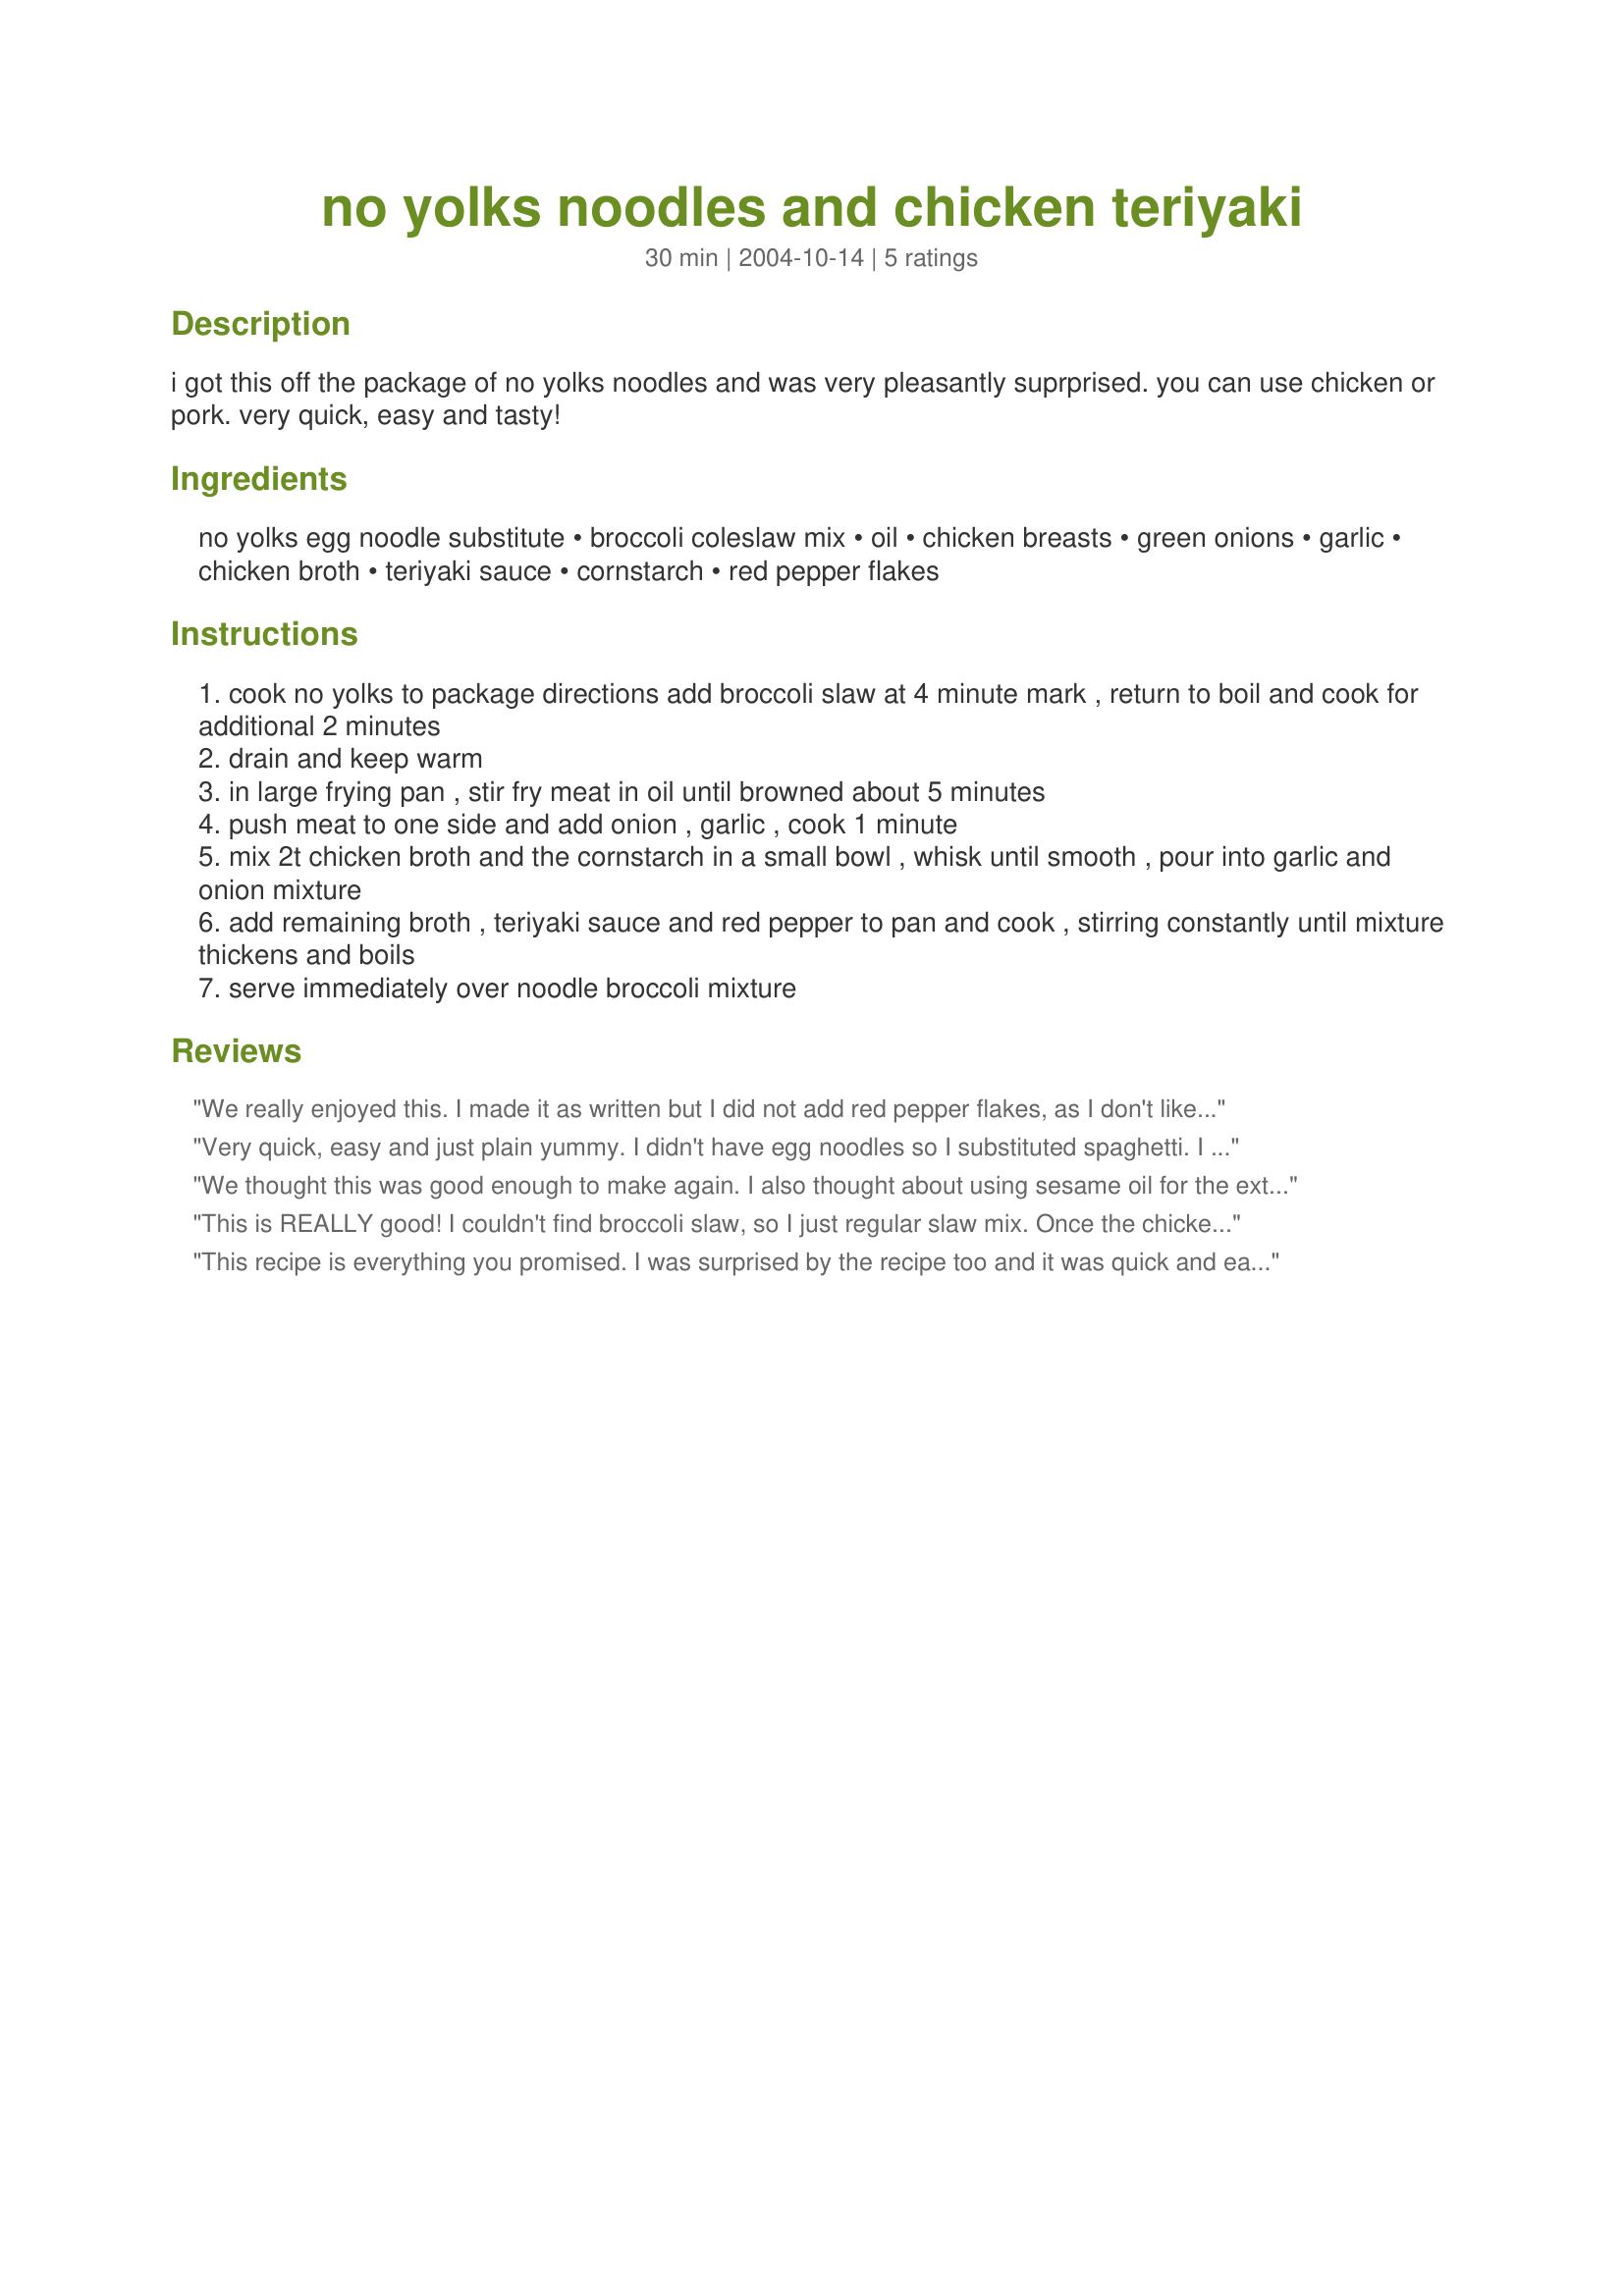
no yolks noodles and chicken teriyaki
Preparation time: 30 minutes

i got this off the package of no yolks noodles and was very pleasantly suprprised. you can use chicken or pork. very quick, easy and tasty!

Ingredients:
no yolks egg noodle substitute, broccoli coleslaw mix, oil, chicken breasts, green onions, garlic, chicken broth, teriyaki sauce, cornstarch, red pepper flakes

Steps:
cook no yolks to package directions add broccoli slaw at 4 minute mark , return to boil and cook for additional 2 minutes
drain and keep warm
in large frying pan , stir fry meat in oil until browned about 5 minutes
push meat to one side and add onion , garlic , cook 1 minute
mix 2t chicken broth and the cornstarch in a small bowl , whisk until smooth , pour into garlic and onion mixture
add remaining broth , teriyaki sauce and red pepper to pan and cook , stirring constantly until mixture thickens and boils
serve immediately over noodle broccoli mixture

Reviews:
We really enjoyed this. I made it as written but I did not add red pepper flakes, as I don't like things too hot. This was an easy recipe to make on a weeknight.
Very quick, easy and just plain yummy. I didn't have egg noodles so I substituted spaghetti. I took some of the sauce and tossed it with the noodle mixture before serving. Next time I will add some toasted sesame oil to try and get that take-out noodle flavor. My DH asked me to make it again soon.
We thought this was good enough to make again. I also thought about using sesame oil for the extra flavor. The taste of this reminded us of chicken chow mein.
This is REALLY good! I couldn't find broccoli slaw, so I just regular slaw mix. Once the chicken was cooked, I added the cabbage. Drained the pasta and mixed it all together...YUM!! Seriously good stuff. Thanks for posting.
This recipe is everything you promised. I was surprised by the recipe too and it was quick and easy to prepare. Most importantly it was tasty. I stretched out the servings to 5 and calculated it to be six points using the recipe builder tool on WW.com. This will definately be going into my tried & true cookbook. Thank you for posting a winner.
